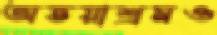
অভয়াশ্রমও